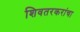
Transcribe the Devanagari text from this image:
शिवतरकरांचा